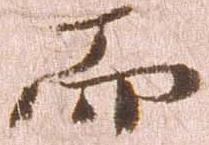
而